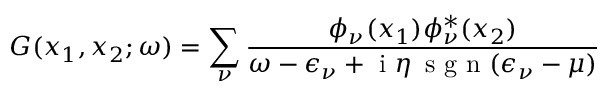
G ( \boldsymbol { x } _ { 1 } , \boldsymbol { x } _ { 2 } ; \omega ) = \sum _ { \nu } \frac { \phi _ { \nu } ( \boldsymbol { x } _ { 1 } ) \phi _ { \nu } ^ { * } ( \boldsymbol { x } _ { 2 } ) } { \omega - \epsilon _ { \nu } + \mathrm { ~ i ~ } \eta \, \mathrm { ~ s ~ g ~ n ~ } ( \epsilon _ { \nu } - \mu ) }